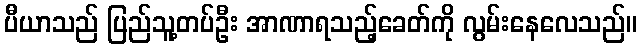
ပီယာသည် ပြည်သူ့တပ်ဦး အာဏာရသည့်ခေတ်ကို လွမ်းနေလေသည်။